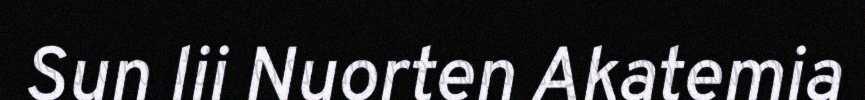
Sun lii Nuorten Akatemia